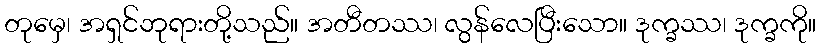
တုမှေ၊ အရှင်ဘုရားတို့သည်။ အတီတဿ၊ လွန်လေပြီးသော။ ဒုက္ခဿ၊ ဒုက္ခကို။